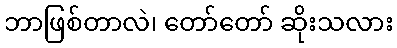
ဘာဖြစ်တာလဲ၊ တော်တော် ဆိုးသလား